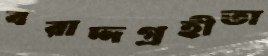
বরাদ্দগ্রহীতা